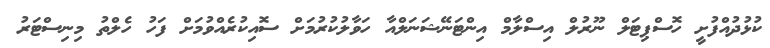
ކުޅުދުއްފުށީ ހޮސްޕިޓަލް ނޫރުލް އިސްލާމް އިންޓަނޭޝަނަލްއާ ހަވާލުކުރުމަށް ސޮއިކުރެއްވުމަށް ފަހު ހެލްތު މިނިސްޓަރު